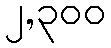
၂,၃၀၀